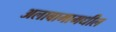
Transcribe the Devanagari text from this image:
अलाबामामधील